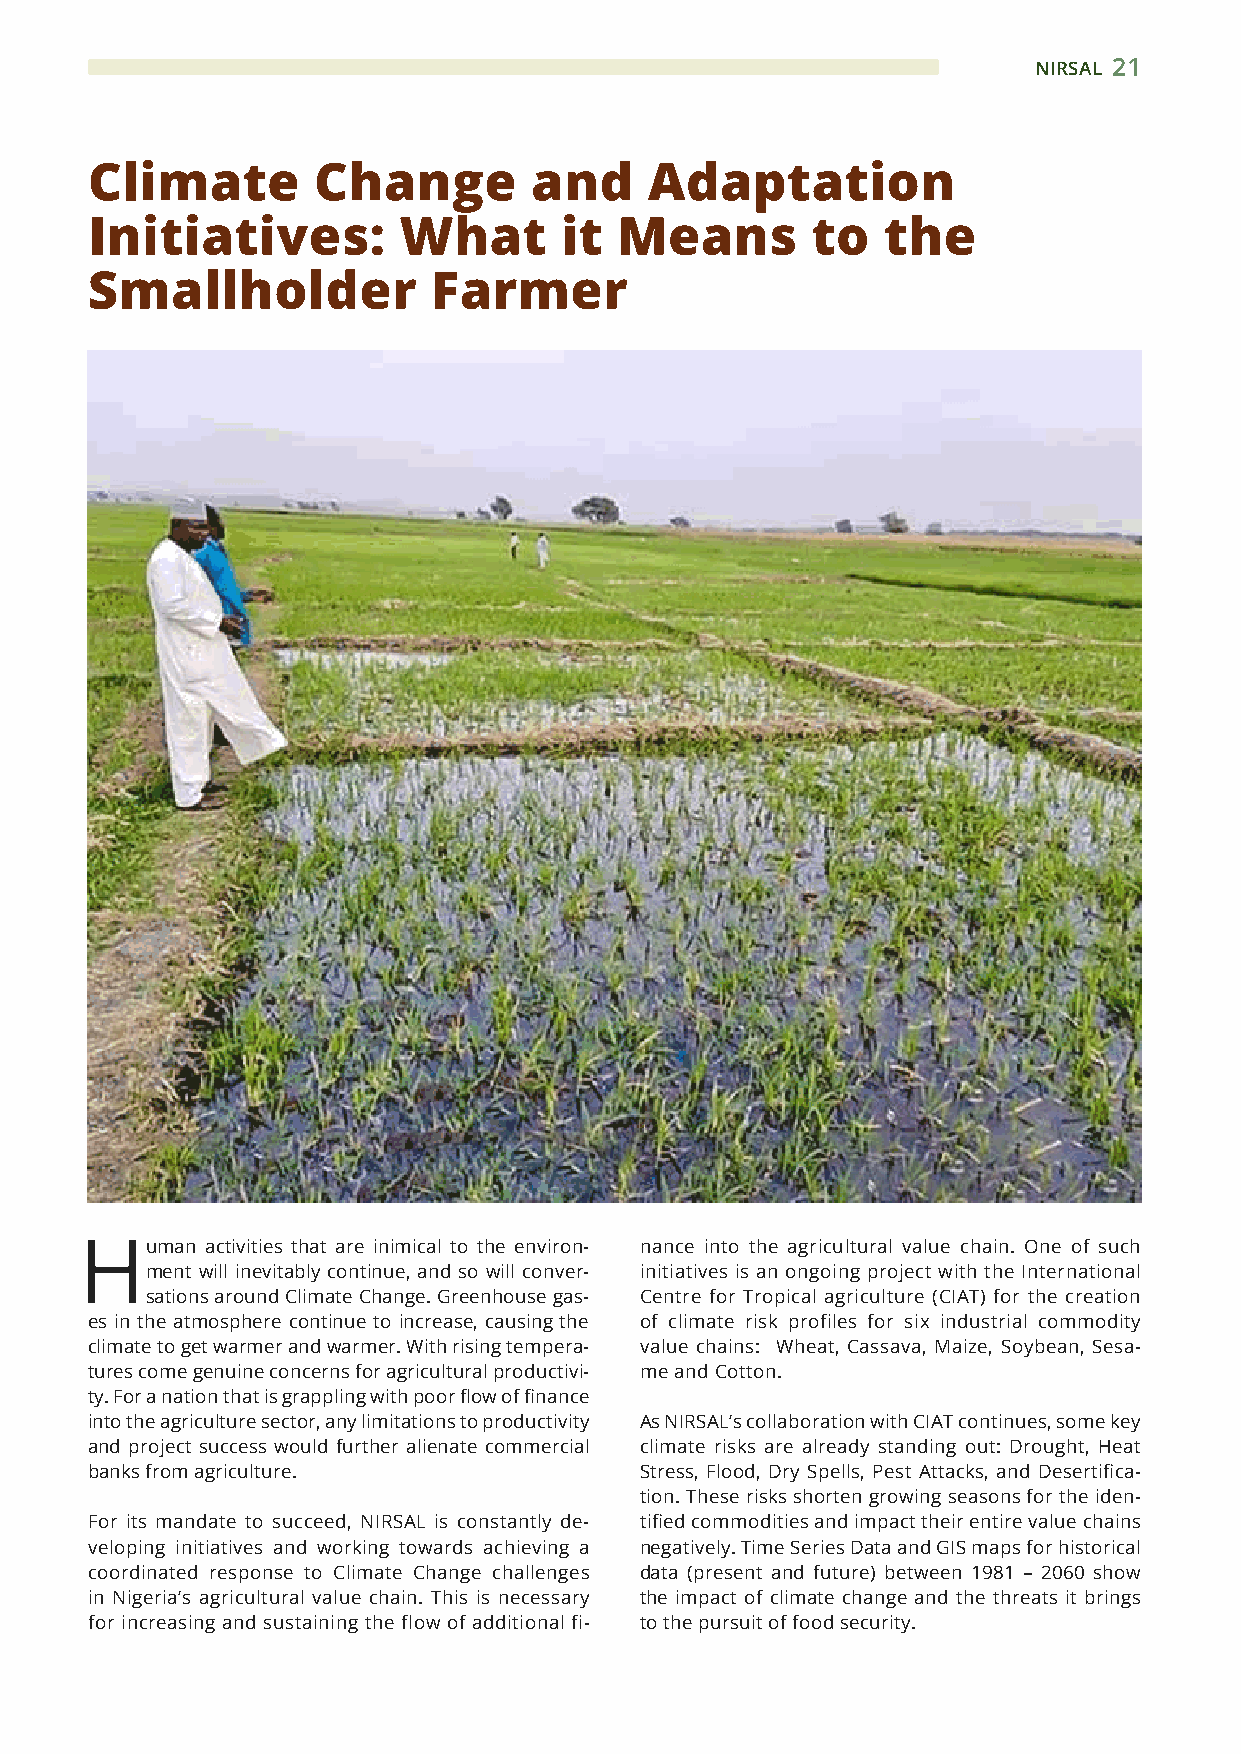
NIRSAL 21
 Climate        Change        and     Adaptation
 Initiatives:        What       it  Means        to  the
 Smallholder            Farmer
 Human    activities that are inimical to the environ- nance into the agricultural value chain. One of such
 ment will inevitably continue, and so will conver- initiatives is an ongoing project with the International
 sations around Climate Change. Greenhouse gas- Centre for Tropical agriculture (CIAT) for the creation
 es in the atmosphere continue to increase, causing the of climate risk profiles for six industrial commodity
 climate to get warmer and warmer. With rising tempera- value chains: Wheat, Cassava, Maize, Soybean, Sesa-
 tures come genuine concerns for agricultural productivi- me and Cotton.
 ty. For a nation that is grappling with poor flow of finance
 into the agriculture sector, any limitations to productivity As NIRSAL’s collaboration with CIAT continues, some key
 and project success would further alienate commercial climate risks are already standing out: Drought, Heat
 banks from agriculture.             Stress, Flood, Dry Spells, Pest Attacks, and Desertifica-
 tion. These risks shorten growing seasons for the iden-
 For its mandate to succeed, NIRSAL is constantly de- tified commodities and impact their entire value chains
 veloping initiatives and working towards achieving a negatively. Time Series Data and GIS maps for historical
 coordinated response to Climate Change challenges data (present and future) between 1981 – 2060 show
 in Nigeria’s agricultural value chain. This is necessary the impact of climate change and the threats it brings
 for increasing and sustaining the flow of additional fi- to the pursuit of food security.